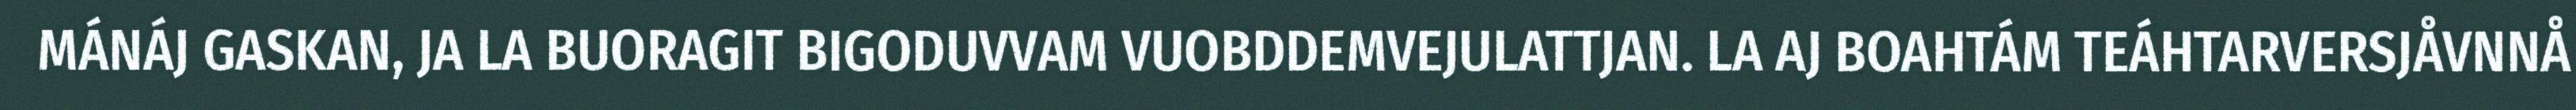
MÁNÁJ GASKAN, JA LA BUORAGIT BIGODUVVAM VUOBDDEMVEJULATTJAN. LA AJ BOAHTÁM TEÁHTARVERSJÅVNNÅ